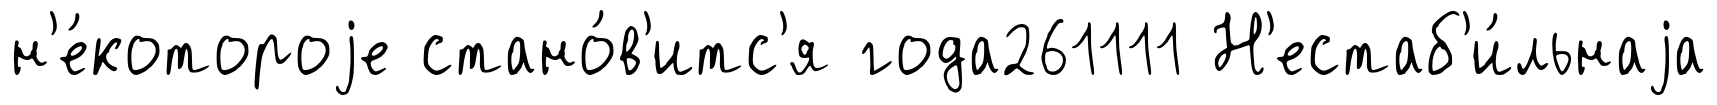
н'е́котороjе стано́в'итс'я года261111 Н'естаб'и́льнаjа